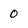
Character: 0